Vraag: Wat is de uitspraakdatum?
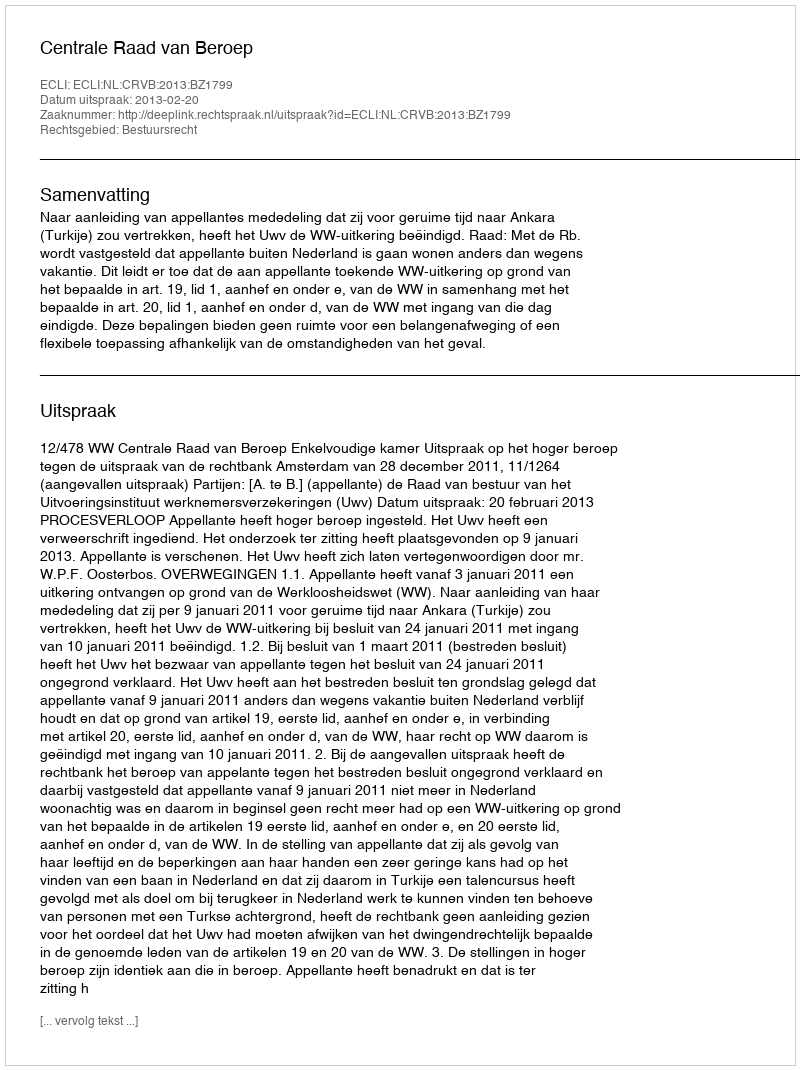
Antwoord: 2013-02-20